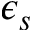
\epsilon _ { s }